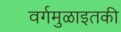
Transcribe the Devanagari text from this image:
वर्गमुळाइतकी